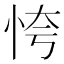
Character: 恗